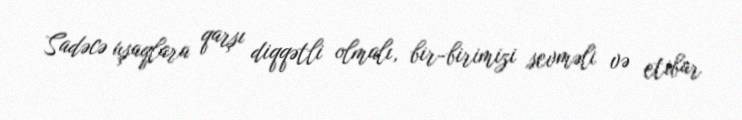
Sadəcə uşaqlara qarşı diqqətli olmalı, bir-birimizi sevməli və etibar